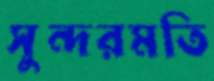
সুন্দরমতি